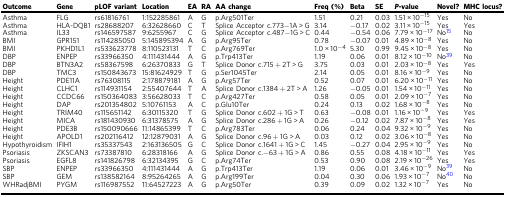
<table><thead><tr><td><b>Outcome</b></td><td><b>Gene</b></td><td><b>pLOF variant</b></td><td><b>Location</b></td><td><b>EA</b></td><td><b>RA</b></td><td><b>AA change</b></td><td><b>Freq (%)</b></td><td><b>Beta</b></td><td><b>SE</b></td><td><b><i>P</i>-value</b></td><td><b>Novel?</b></td><td><b>MHC locus?</b></td></tr></thead><tbody><tr><td>Asthma</td><td>FLG</td><td>rs61816761</td><td>1:152285861</td><td>A</td><td>G</td><td>p.Arg501Ter</td><td>1.51</td><td>0.21</td><td>0.03</td><td>1.51 × 10<sup>−15</sup></td><td>Yes</td><td>No</td></tr><tr><td>Asthma</td><td>HLA-DQB1</td><td>rs28688207</td><td>6:32628660</td><td>C</td><td>T</td><td>Splice Acceptor c.773−1A &gt; G</td><td>3.14</td><td>−0.17</td><td>0.02</td><td>3.11 × 10<sup>−15</sup></td><td>Yes</td><td>Yes</td></tr><tr><td>Asthma</td><td>IL33</td><td>rs146597587</td><td>9:6255967</td><td>C</td><td>G</td><td>Splice Acceptor c.487−1G &gt; C</td><td>0.44</td><td>−0.54</td><td>0.06</td><td>7.79 × 10<sup>−17</sup></td><td>No<sup>15</sup></td><td>No</td></tr><tr><td>BMI</td><td>GPR151</td><td>rs114285050</td><td>5:145895394</td><td>A</td><td>G</td><td>p.Arg95Ter</td><td>0.78</td><td>−0.07</td><td>0.01</td><td>4.89 × 10<sup>−8</sup></td><td>Yes</td><td>No</td></tr><tr><td>BMI</td><td>PKHD1L1</td><td>rs533623778</td><td>8:110523131</td><td>T</td><td>C</td><td>p.Arg769Ter</td><td>1.0 × 10<sup>−4</sup></td><td>5.30</td><td>0.99</td><td>9.45 × 10<sup>−8</sup></td><td>Yes</td><td>No</td></tr><tr><td>DBP</td><td>ENPEP</td><td>rs33966350</td><td>4:111431444</td><td>A</td><td>G</td><td>p.Trp413Ter</td><td>1.19</td><td>0.06</td><td>0.01</td><td>8.12 × 10<sup>−10</sup></td><td>No<sup>39</sup></td><td>No</td></tr><tr><td>DBP</td><td>BTN3A2</td><td>rs58367598</td><td>6:26370833</td><td>G</td><td>T</td><td>Splice Donor c.715 + 2T &gt; G</td><td>3.75</td><td>0.03</td><td>0.01</td><td>2.03 × 10<sup>−8</sup></td><td>Yes</td><td>Yes</td></tr><tr><td>DBP</td><td>TMC3</td><td>rs150843673</td><td>15:81624929</td><td>T</td><td>G</td><td>p.Ser1045Ter</td><td>2.14</td><td>0.05</td><td>0.01</td><td>8.16 × 10<sup>−9</sup></td><td>Yes</td><td>No</td></tr><tr><td>Height</td><td>PDE11A</td><td>rs76308115</td><td>2:178879181</td><td>A</td><td>G</td><td>p.Arg57Ter</td><td>0.52</td><td>0.07</td><td>0.01</td><td>6.20 × 10<sup>−11</sup></td><td>Yes</td><td>No</td></tr><tr><td>Height</td><td>CLHC1</td><td>rs114931154</td><td>2:55407644</td><td>T</td><td>A</td><td>Splice Donor c.1384 + 2T &gt; A</td><td>1.26</td><td>−0.05</td><td>0.01</td><td>1.54 × 10<sup>−11</sup></td><td>Yes</td><td>No</td></tr><tr><td>Height</td><td>CCDC66</td><td>rs150364083</td><td>3:56628033</td><td>T</td><td>C</td><td>p.Arg427Ter</td><td>0.58</td><td>0.05</td><td>0.01</td><td>2.09 × 10<sup>−7</sup></td><td>Yes</td><td>No</td></tr><tr><td>Height</td><td>DAP</td><td>rs201354802</td><td>5:10761153</td><td>A</td><td>C</td><td>p.Glu10Ter</td><td>0.24</td><td>0.13</td><td>0.02</td><td>1.68 × 10<sup>−8</sup></td><td>Yes</td><td>No</td></tr><tr><td>Height</td><td>TRIM40</td><td>rs115651142</td><td>6:30115320</td><td>T</td><td>G</td><td>Splice Donor c.602 + 1G &gt; T</td><td>0.63</td><td>−0.08</td><td>0.01</td><td>1.16 × 10<sup>−9</sup></td><td>Yes</td><td>Yes</td></tr><tr><td>Height</td><td>MICA</td><td>rs181430930</td><td>6:31378575</td><td>A</td><td>G</td><td>Splice Donor c.286 + 1G &gt; A</td><td>0.26</td><td>−0.12</td><td>0.02</td><td>7.87 × 10<sup>−8</sup></td><td>Yes</td><td>Yes</td></tr><tr><td>Height</td><td>PDE3B</td><td>rs150090666</td><td>11:14865399</td><td>T</td><td>C</td><td>p.Arg783Ter</td><td>0.06</td><td>0.24</td><td>0.04</td><td>9.32 × 10<sup>−9</sup></td><td>Yes</td><td>No</td></tr><tr><td>Height</td><td>APOLD1</td><td>rs202116412</td><td>12:12879031</td><td>A</td><td>G</td><td>Splice Donor c.96 + 1G &gt; A</td><td>0.03</td><td>0.12</td><td>0.02</td><td>3.06 × 10<sup>−8</sup></td><td>Yes</td><td>No</td></tr><tr><td>Hypothyroidism</td><td>IFIH1</td><td>rs35337543</td><td>2:163136505</td><td>G</td><td>C</td><td>Splice Donor c.1641 + 1G &gt; C</td><td>1.45</td><td>−0.27</td><td>0.04</td><td>2.95 × 10<sup>−9</sup></td><td>Yes</td><td>No</td></tr><tr><td>Psoriasis</td><td>ZKSCAN3</td><td>rs73387810</td><td>6:28318166</td><td>A</td><td>G</td><td>Splice Donor c.−63 + 1G &gt; A</td><td>0.86</td><td>0.55</td><td>0.08</td><td>4.18 × 10<sup>−11</sup></td><td>Yes</td><td>Yes</td></tr><tr><td>Psoriasis</td><td>EGFL8</td><td>rs141826798</td><td>6:32134395</td><td>G</td><td>C</td><td>p.Arg74Ter</td><td>0.53</td><td>0.90</td><td>0.08</td><td>2.19 × 10<sup>−26</sup></td><td>Yes</td><td>Yes</td></tr><tr><td>SBP</td><td>ENPEP</td><td>rs33966350</td><td>4:111431444</td><td>A</td><td>G</td><td>p.Trp413Ter</td><td>1.19</td><td>0.06</td><td>0.01</td><td>3.46 × 10<sup>−9</sup></td><td>No<sup>39</sup></td><td>No</td></tr><tr><td>SBP</td><td>GEM</td><td>rs138582164</td><td>8:95264265</td><td>A</td><td>G</td><td>p.Arg199Ter</td><td>0.04</td><td>0.30</td><td>0.06</td><td>1.93 × 10<sup>−7</sup></td><td>No<sup>40</sup></td><td>No</td></tr><tr><td>WHRadjBMI</td><td>PYGM</td><td>rs116987552</td><td>11:64527223</td><td>A</td><td>G</td><td>p.Arg50Ter</td><td>0.39</td><td>0.09</td><td>0.02</td><td>1.32 × 10<sup>−7</sup></td><td>Yes</td><td>No</td></tr></tbody></table>